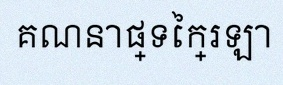
គណនាផ្ទៃក្រឡា